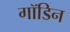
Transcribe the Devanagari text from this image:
गॉडिन